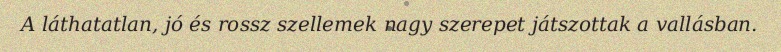
A láthatatlan, jó és rossz szellemek nagy szerepet játszottak a vallásban.